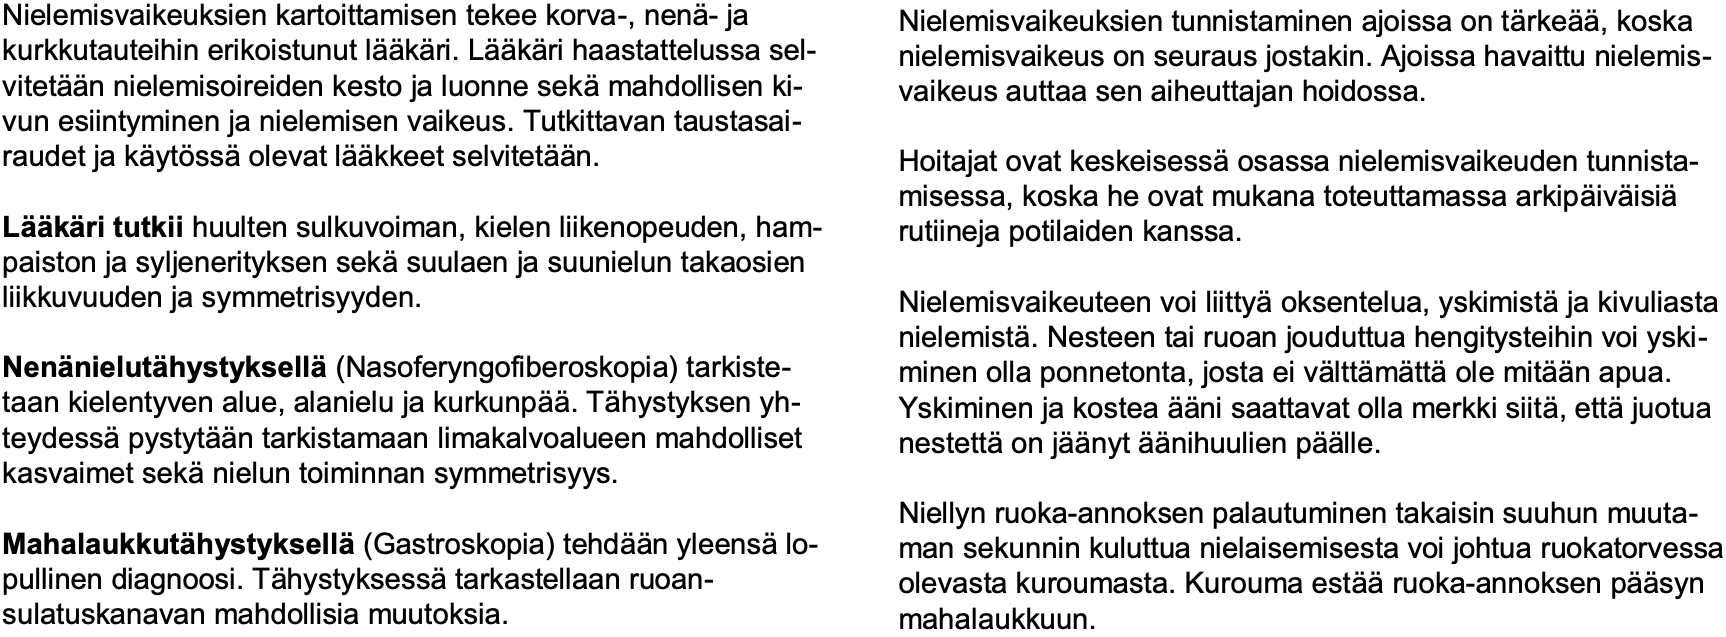
Nielemisvaikeuksien kartoittamisen tekee korva-, nenä-ja Nielemisvaikeuksien tunnistaminen ajoissa on tärkeää, koska kurkkutauteihin erikoistunut lääkäri. Lääkäri haastattelussa sel- nielemisvaikeus on seuraus jostakin. Ajoissa havaittu nielemis- vitetään nielemisoireiden kesto ja luonne sekämahdollisen ki- vaikeus auttaa sen aiheuttajan hoidossa. vun esiintyminen ja nielemisen vaikeus. Tutkittavan taustasai- raudet ja käytössäolevat lääkkeet selvitetään. Hoitajat ovat keskeisessäosassa nielemisvaikeuden tunnista- misessa, koska he ovat mukana toteuttamassa arkipäiväisiä Lääkäri tutkiihuulten sulkuvoiman, kielen liikenopeuden, ham- rutiineja potilaiden kanssa. paiston ja syljenerityksen sekäsuulaen ja suunielun takaosien liikkuvuuden ja symmetrisyyden. Nielemisvaikeuteen voi liittyäoksentelua, yskimistäja kivuliasta nielemistä. Nesteen tai ruoan jouduttua hengitysteihin voi yski- Nenänielutähystyksellä(Nasoferyngofiberoskopia) tarkiste- minen olla ponnetonta, josta ei välttämättäole mitään apua. taan kielentyven alue, alanielu ja kurkunpää. Tähystyksen yh- Yskiminen ja kostea ääni saattavat olla merkki siitä, ettäjuotua teydessäpystytään tarkistamaan limakalvoalueen mahdolliset nestettäon jäänyt äänihuulien päälle. kasvaimet sekänielun toiminnan symmetrisyys. Niellyn ruoka-annoksen palautuminen takaisin suuhun muuta- Mahalaukkutähystyksellä(Gastroskopia) tehdään yleensälo- man sekunnin kuluttua nielaisemisesta voi johtua ruokatorvessa pullinen diagnoosi. Tähystyksessätarkastellaan ruoan- olevasta kuroumasta. Kurouma estääruoka-annoksen pääsyn sulatuskanavan mahdollisia muutoksia. mahalaukkuun.